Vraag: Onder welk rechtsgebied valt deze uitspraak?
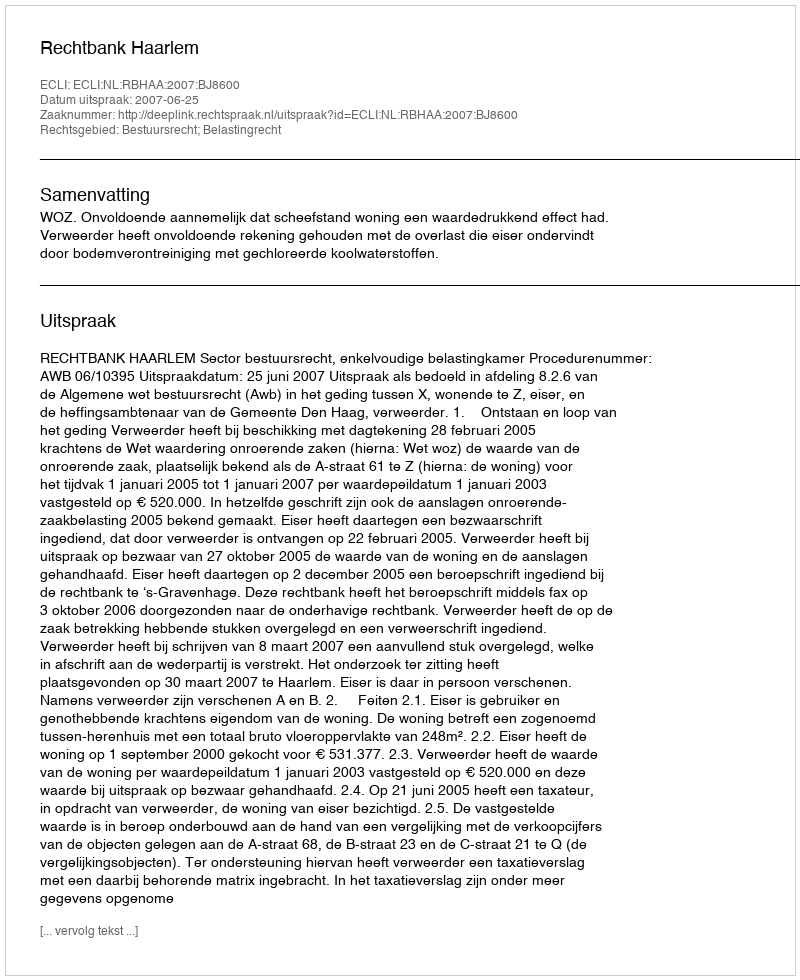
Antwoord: Bestuursrecht; Belastingrecht